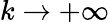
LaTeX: k\rightarrow+\infty